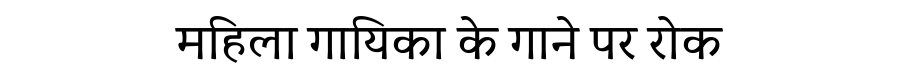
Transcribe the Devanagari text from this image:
महिला गायिका के गाने पर रोक